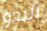
البدو